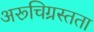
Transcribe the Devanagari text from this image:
अरूचिग्रस्तता